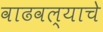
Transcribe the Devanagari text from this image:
वाढवल्याचे